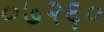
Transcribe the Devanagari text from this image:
०७२६०